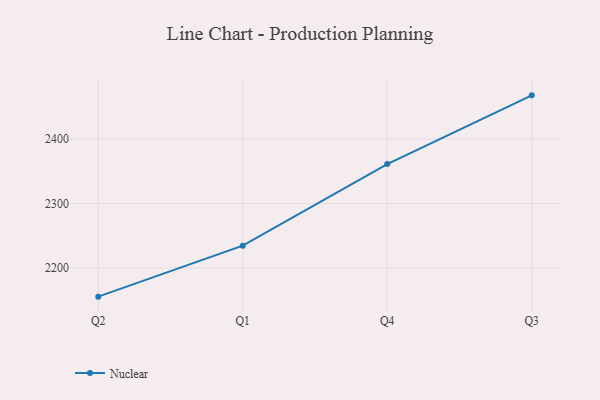
{"axis": {"x": "Quarter", "y": "Churn Rate (%)"}, "legend": ["Nuclear"], "data": [{"x": "Q2", "y": 2155.3, "type": "Nuclear"}, {"x": "Q1", "y": 2234.5, "type": "Nuclear"}, {"x": "Q4", "y": 2361.2, "type": "Nuclear"}, {"x": "Q3", "y": 2467.8, "type": "Nuclear"}]}